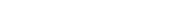
١٨